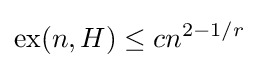
{\text{ex}}(n,H)\leq cn^{2-1/r}